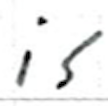
Text: is
Cross-out: clean
Writing tool: ballpoint